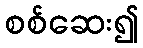
စစ်ဆေး၍